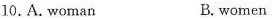
10.A.woman B.women